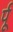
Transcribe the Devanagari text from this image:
र्पू